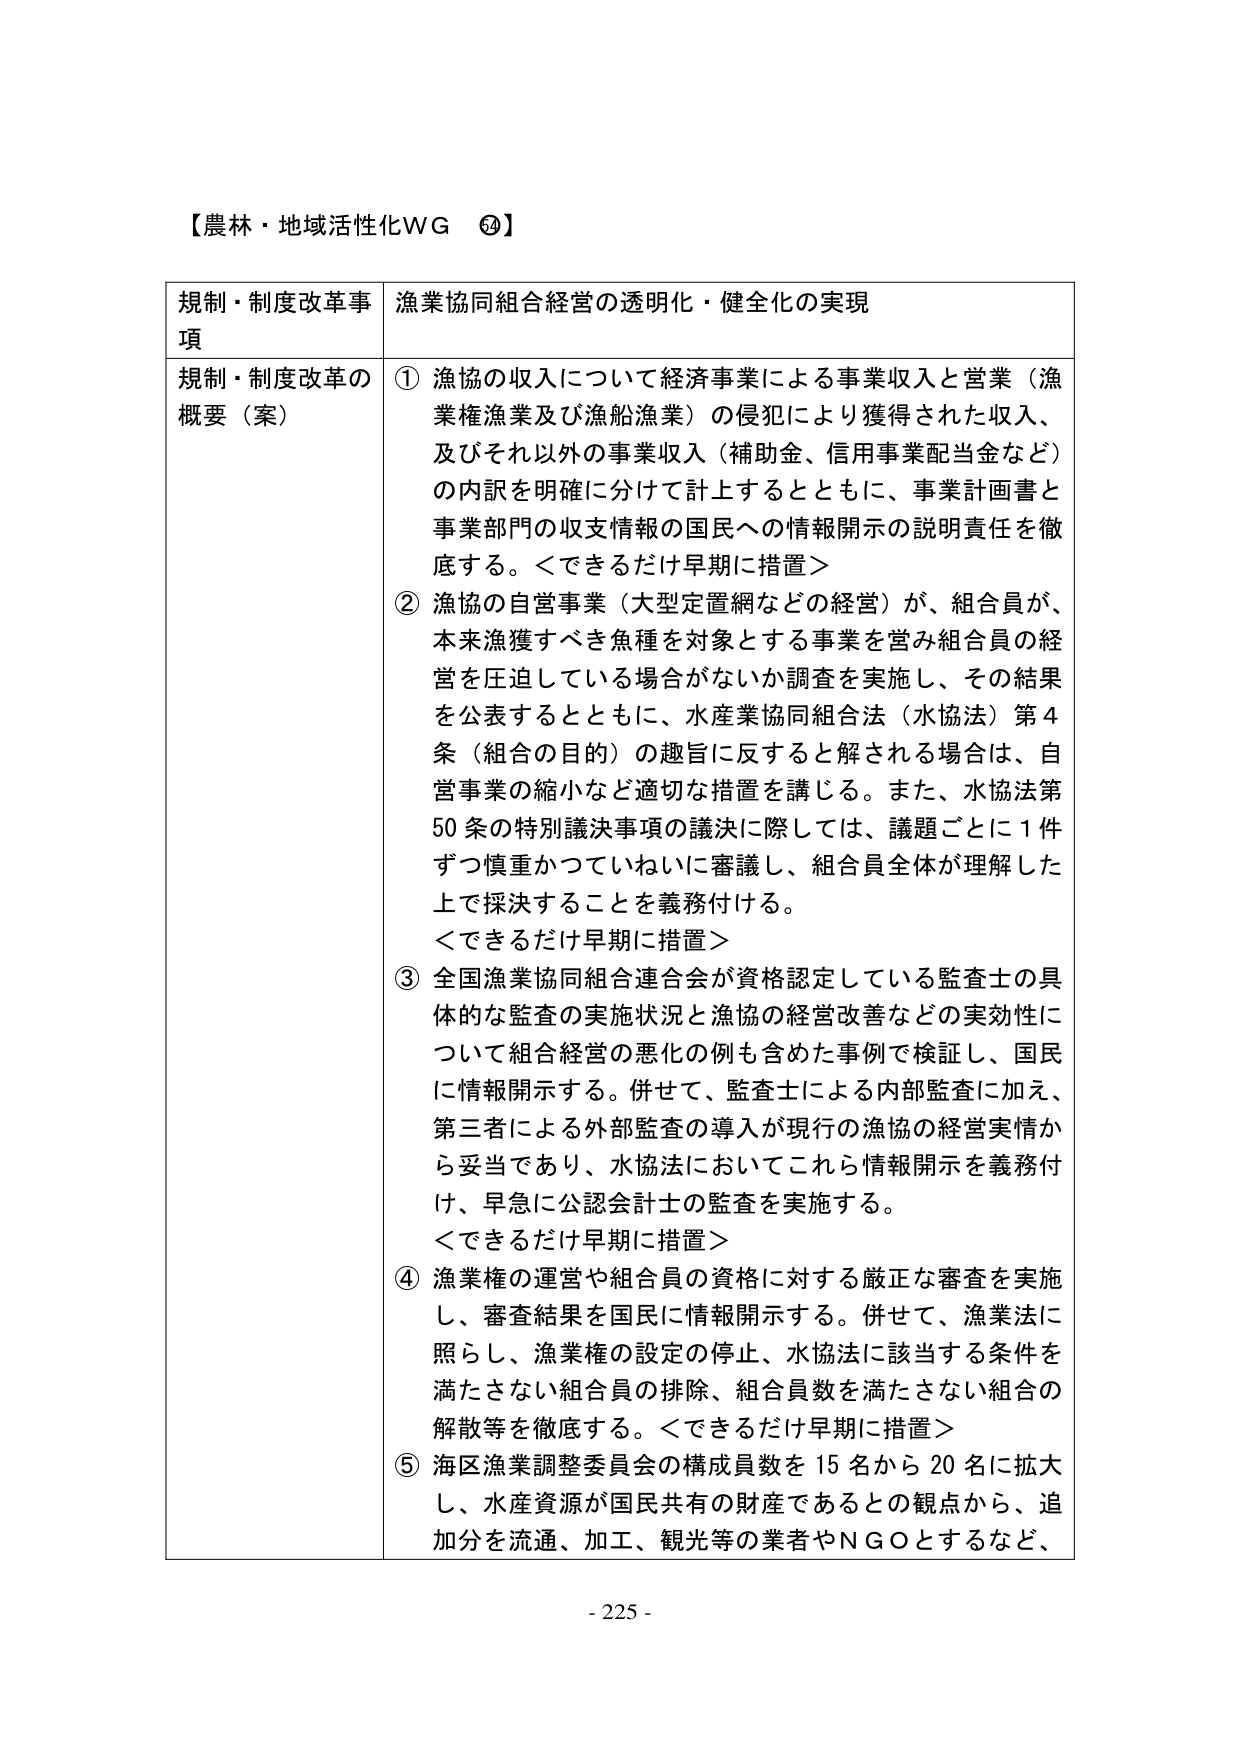
【農林・地域活性化WG ⑳】

規制・制度改革事項　漁業協同組合経営の透明化・健全化の実現

規制・制度改革の概要（案）

① 漁協の収入について経済事業による事業収入と営業（漁業権漁業及び漁船漁業）の侵犯により獲得された収入、及びそれ以外の事業収入（補助金、信用事業配当金など）の内訳を明確に分けて計上するとともに、事業計画書と事業部門の収支情報の国民への情報開示の説明責任を徹底する。＜できるだけ早期に措置＞

② 漁協の自営事業（大型定置網などの経営）が、組合員が、本来漁獲すべき魚種を対象とする事業を営み組合員の経営を圧迫している場合がないか調査を実施し、その結果を公表するとともに、水産業協同組合法（水協法）第4条（組合の目的）の趣旨に反すると解される場合は、自営事業の縮小など適切な措置を講じる。また、水協法第50条の特別議決事項の議決に際しては、議題ごとに1件ずつ慎重かつていねいに審議し、組合員全体が理解した上で採決することを義務付ける。
＜できるだけ早期に措置＞

③ 全国漁業協同組合連合会が資格認定している監査士の具体的な監査の実施状況と漁協の経営改善などの実効性について組合経営の悪化の例も含めた事例で検証し、国民に情報開示する。併せて、監査士による内部監査に加え、第三者による外部監査の導入が現行の漁協の経営実情から妥当であり、水協法においてこれら情報開示を義務付け、早急に公認会計士の監査を実施する。
＜できるだけ早期に措置＞

④ 漁業権の運営や組合員の資格に対する厳正な審査を実施し、審査結果を国民に情報開示する。併せて、漁業法に照らし、漁業権の設定の停止、水協法に該当する条件を満たさない組合員の排除、組合員数を満たさない組合の解散等を徹底する。＜できるだけ早期に措置＞

⑤ 海区漁業調整委員会の構成員数を15名から20名に拡大し、水産資源が国民共有の財産であるとの観点から、追加分を流通、加工、観光等の業者やNGOとするなど、

- 225 -